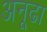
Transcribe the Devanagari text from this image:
अनूढा